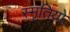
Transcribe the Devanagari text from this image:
स्मृतियो